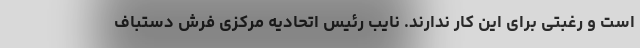
است و رغبتی برای این کار ندارند. نایب رئیس اتحادیه مرکزی فرش دستباف